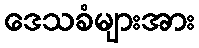
ဒေသခံများအား